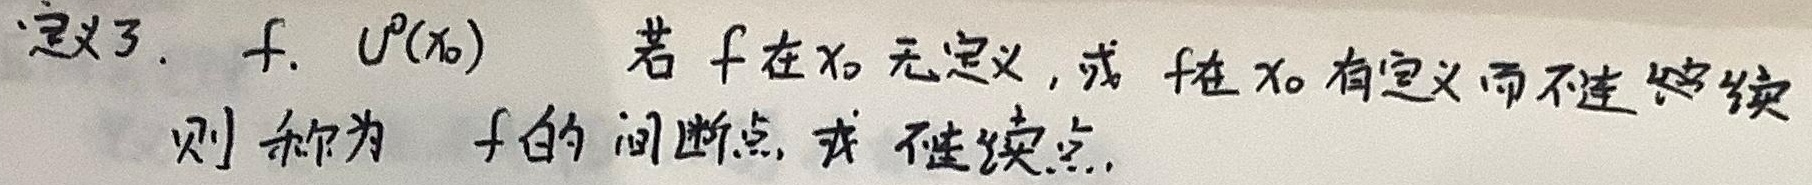
定义3：设函数\(f\)，\(U^{0}(x_{0})\)为\(x_{0}\)的去心邻域。若\(f\)在\(x_{0}\)无定义，或\(f\)在\(x_{0}\)有定义而不连续，则称\(x_{0}\)为\(f\)的间断点，或不连续点。